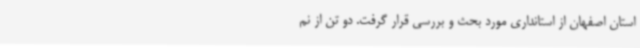
استان اصفهان از استانداری مورد بحث و بررسی قرار گرفت. دو تن از نم